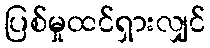
ပြစ်မှုထင်ရှားလျှင်